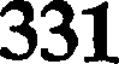
331